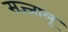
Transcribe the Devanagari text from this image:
सज्जालू